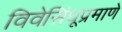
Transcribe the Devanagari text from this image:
विवेसिंधूप्रमाणे